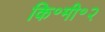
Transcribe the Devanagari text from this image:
कि॰मी॰२